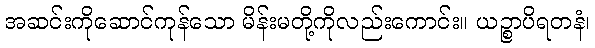
အဆင်းကိုဆောင်ကုန်သော မိန်းမတို့ကိုလည်းကောင်း။ ယဉ္စာပိရတနံ၊